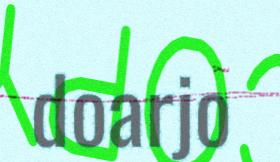
doarjo